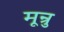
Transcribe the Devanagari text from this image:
मून्रु